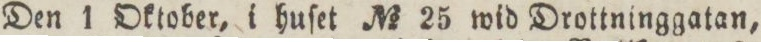
Den 1 Oktober, i huſet No 25 wid Drottninggatan,